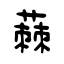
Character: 蕀